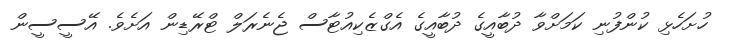
ހުށަހެޅި ކުންފުނި ކަމަށްވާ ދުބާއީގެ ދުބާއީގެ އެގްޒެކިއުޓާސް ޖެނެރަލް ޓްރޭޑިން އަށެވެ. އޭސީސީން